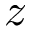
z